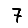
Digit: 7